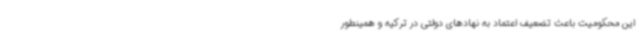
این محکومیت باعث تضعیف اعتماد به نهادهای دولتی در ترکیه و همینطور